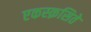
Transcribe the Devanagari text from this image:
एकस्क़सिते